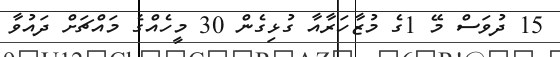
15 ދުވަސް މޭ 1ގެ މުޒާހަރާއާ ގުޅިގެން 30 މީހެއްގެ މައްޗަށް ދައުވާ